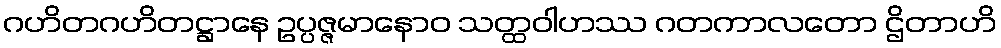
ဂဟိတဂဟိတဋ္ဌာနေ ဥပ္ပဇ္ဇမာနောဝ သတ္ထဝါဟဿ ဂတကာလတော ဌိတာဟိ